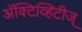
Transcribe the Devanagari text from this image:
अॅक्टिव्हिटीज्